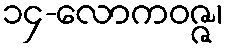
၁၄-လောကဝဇ္ဇ၊